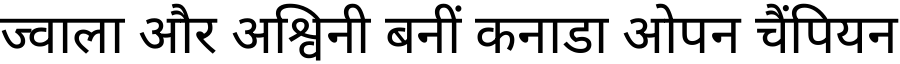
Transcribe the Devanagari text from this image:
ज्वाला और अश्विनी बनीं कनाडा ओपन चैंपियन